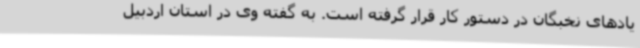
یادهای نخبگان در دستور کار قرار گرفته است. به گفته وی در استان اردبیل